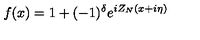
f ( x ) = 1 + ( - 1 ) ^ { \delta } e ^ { i Z _ { N } ( x + i \eta ) }